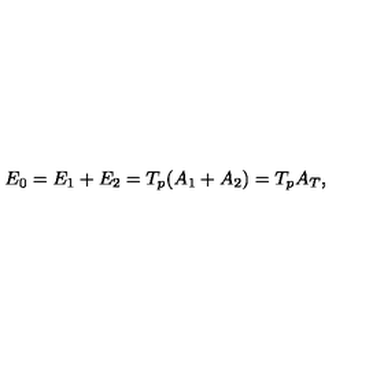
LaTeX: E _ { 0 } = E _ { 1 } + E _ { 2 } = T _ { p } ( A _ { 1 } + A _ { 2 } ) = T _ { p } A _ { T } ,